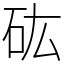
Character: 𥐪